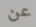
عن